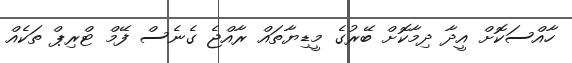
ހާއްސަކޮށް އީދާ ދިމާކޮށް ބޭރުގެ މީޑިޔާތައް ރާއްޖެ ގެނެސް ފޭމް ޓްރިޕް ތަކެއް